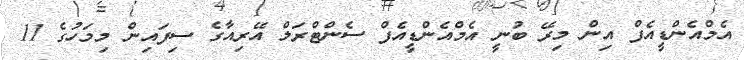
އެމްއެންޑީއެފް އިން މިރޭ ބުނީ އެމްއެންޑީއެފް ސެންޓްރަލް އޭރިއާގެ ސިފައިން މިމަހުގެ 11